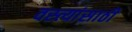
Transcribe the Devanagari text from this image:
वस्त्यांसाठी